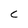
Character: C